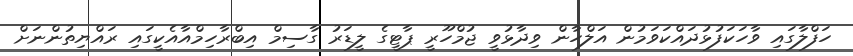
ހަފްލާގައި ވާހަކަފުޅުދައްކަވަމުން އަލްހާން ވިދާޅުވީ ޖުމްހޫރީ ޕާޓީގެ ލީޑަރު ގާސިމް އިބްރާހިމްއާއެކީގައި ރައްޔިތުންނަށް